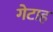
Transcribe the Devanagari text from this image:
गेटाह